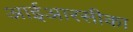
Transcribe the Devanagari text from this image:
आईआरसीका